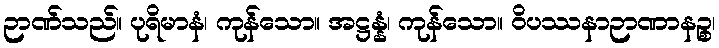
ဉာဏ်သည်။ ပုရိမာနံ၊ ကုန်သော။ အဋ္ဌန္နံ၊ ကုန်သော။ ဝိပဿနာဉာဏာနဉ္စ၊